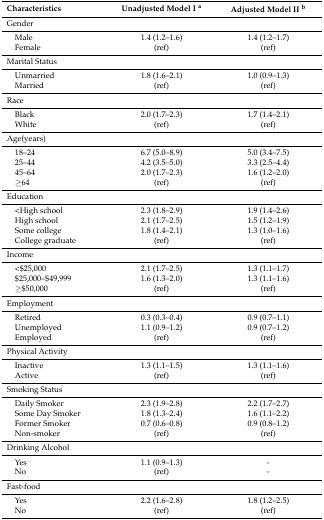
<table><thead><tr><td><b>Characteristics</b></td><td><b>Unadjusted Model I <sup>a</sup></b></td><td><b>Adjusted Model II <sup>b</sup></b></td></tr></thead><tbody><tr><td>Gender</td><td></td><td></td></tr><tr><td> Male</td><td>1.4 (1.2–1.6)</td><td>1.4 (1.2–1.7)</td></tr><tr><td> Female</td><td>(ref)</td><td>(ref)</td></tr><tr><td>Marital Status</td><td></td><td></td></tr><tr><td> Unmarried</td><td>1.8 (1.6–2.1)</td><td>1.0 (0.9–1.3)</td></tr><tr><td> Married</td><td>(ref)</td><td>(ref)</td></tr><tr><td>Race</td><td></td><td></td></tr><tr><td> Black</td><td>2.0 (1.7–2.3)</td><td>1.7 (1.4–2.1)</td></tr><tr><td> White</td><td>(ref)</td><td>(ref)</td></tr><tr><td>Age(years)</td><td></td><td></td></tr><tr><td> 18–24</td><td>6.7 (5.0–8.9)</td><td>5.0 (3.4–7.5)</td></tr><tr><td> 25–44</td><td>4.2 (3.5–5.0)</td><td>3.3 (2.5–4.4)</td></tr><tr><td> 45–64</td><td>2.0 (1.7–2.3)</td><td>1.6 (1.2–2.0)</td></tr><tr><td> ≥64</td><td>(ref)</td><td>(ref)</td></tr><tr><td>Education</td><td></td><td></td></tr><tr><td> &lt;High school</td><td>2.3 (1.8–2.9)</td><td>1.9 (1.4–2.6)</td></tr><tr><td> High school</td><td>2.1 (1.7–2.5)</td><td>1.5 (1.2–1.9)</td></tr><tr><td> Some college</td><td>1.8 (1.4–2.1)</td><td>1.3 (1.0–1.6)</td></tr><tr><td> College graduate</td><td>(ref)</td><td>(ref)</td></tr><tr><td>Income</td><td></td><td></td></tr><tr><td> &lt;$25,000</td><td>2.1 (1.7–2.5)</td><td>1.3 (1.1–1.7)</td></tr><tr><td> $25,000–$49,999</td><td>1.6 (1.3–2.0)</td><td>1.3 (1.1–1.6)</td></tr><tr><td> ≥$50,000</td><td>(ref)</td><td>(ref)</td></tr><tr><td>Employment</td><td></td><td></td></tr><tr><td> Retired</td><td>0.3 (0.3–0.4)</td><td>0.9 (0.7–1.1)</td></tr><tr><td> Unemployed</td><td>1.1 (0.9–1.2)</td><td>0.9 (0.7–1.2)</td></tr><tr><td> Employed</td><td>(ref)</td><td>(ref)</td></tr><tr><td>Physical Activity</td><td></td><td></td></tr><tr><td> Inactive</td><td>1.3 (1.1–1.5)</td><td>1.3 (1.1–1.6)</td></tr><tr><td> Active</td><td>(ref)</td><td>(ref)</td></tr><tr><td>Smoking Status</td><td></td><td></td></tr><tr><td> Daily Smoker</td><td>2.3 (1.9–2.8)</td><td>2.2 (1.7–2.7)</td></tr><tr><td> Some Day Smoker</td><td>1.8 (1.3–2.4)</td><td>1.6 (1.1–2.2)</td></tr><tr><td> Former Smoker</td><td>0.7 (0.6–0.8)</td><td>0.9 (0.8–1.2)</td></tr><tr><td> Non-smoker</td><td>(ref)</td><td>(ref)</td></tr><tr><td>Drinking Alcohol</td><td></td><td></td></tr><tr><td> Yes</td><td>1.1 (0.9–1.3)</td><td>-</td></tr><tr><td> No</td><td>(ref)</td><td>-</td></tr><tr><td>Fast-food</td><td></td><td></td></tr><tr><td> Yes</td><td>2.2 (1.6–2.8)</td><td>1.8 (1.2–2.5)</td></tr><tr><td> No</td><td>(ref)</td><td>(ref)</td></tr></tbody></table>